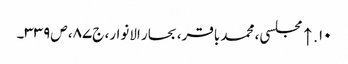
۱۰. ↑ مجلسی، محمد باقر، بحار الانوار، ج‌۸۷، ص‌۳۳۹۔